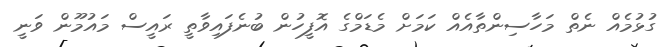
ގުޅުމެއް ނެތް މަހާސިންތާއެއް ކަމަށް މެޑަމްގެ އޮފީހުން ބުނެފައިވާތީ ރައީސް މައުމޫން ވަނީ